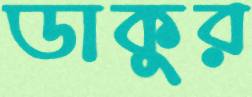
ডাকুর